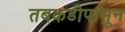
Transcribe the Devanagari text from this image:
तबकडीपासून